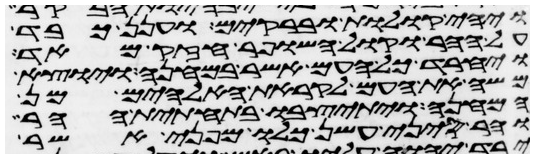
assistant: ויהי קולות וברקים וענן כבד
על ההר וקול השופר חזק מאד
ויחרד כל העם אשר במחנה ויוצא
משה את העם לקראת האלהים מן
המחנה ויתיצבו בתחתית ההר
והר סיני עשן כלו מפני אשר